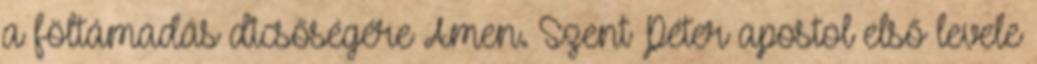
a föltámadás dicsőségére Amen. Szent Péter apostol első levele